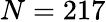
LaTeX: N=217